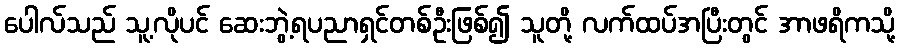
ပေါလ်သည် သူ့လိုပင် ဆေးဘွဲ့ရပညာရှင်တစ်ဦးဖြစ်၍ သူတို့ လက်ထပ်အပြီးတွင် အာဖရိကသို့